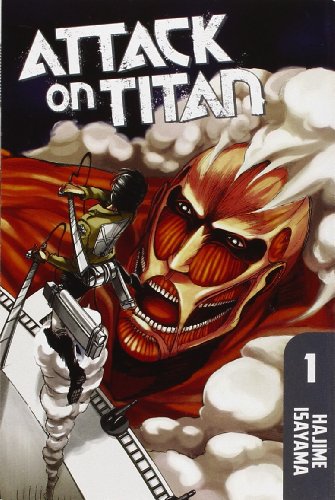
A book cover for Attack on Titan 1; Hajime Isayama; Comics & Graphic Novels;